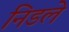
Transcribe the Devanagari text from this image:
निडले